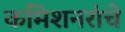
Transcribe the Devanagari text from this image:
कमिशनरांचे